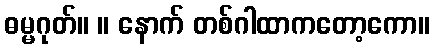
ဓမ္မဂုတ်။ ။ နောက် တစ်ဂါထာကတော့ကော။